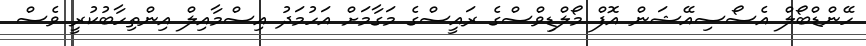
ހޭންޑްބޯލް އެސޯސިއޭޝަން އޮފް މޯލްޑިވްސްގެ ރައީސްގެ މަގާމަށް އަހުމަދު އިސްމާއިލް އިންތިހާބުކުރީ ވެސް